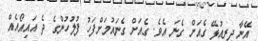
އޭނާ ދިރިއުޅޭ ގެއަށް ގެނަ އެވެ. ގެއަށް ގެނައުމަށްފަހު ފުލުހުންގެ ދެ އައިއޯއެއް